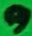
Text: 9